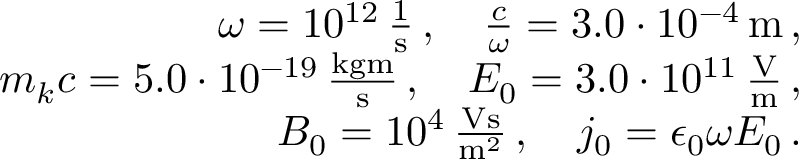
\begin{array} { r l r } & { } & { \omega = 1 0 ^ { 1 2 } \, \frac { 1 } { \mathrm { s } } \, , \quad \frac { c } { \omega } = 3 . 0 \cdot 1 0 ^ { - 4 } \, \mathrm { m } \, , } \\ & { } & { m _ { k } c = 5 . 0 \cdot 1 0 ^ { - 1 9 } \, \frac { \mathrm { k g m } } { \mathrm { s } } \, , \quad E _ { 0 } = 3 . 0 \cdot 1 0 ^ { 1 1 } \, \frac { \mathrm { V } } { \mathrm { m } } \, , } \\ & { } & { B _ { 0 } = 1 0 ^ { 4 } \, \frac { \mathrm { V s } } { \mathrm { m } ^ { 2 } } \, , \quad j _ { 0 } = \epsilon _ { 0 } \omega E _ { 0 } \, . } \end{array}